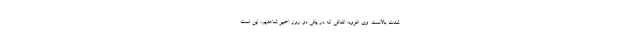
شدت بالاست. وی افزود: اتفاقی که در یکی دو روز اخیر شاهدیم، این است